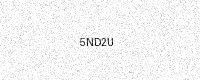
Text: 5ND2U